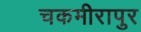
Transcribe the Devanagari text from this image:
चकमीरापुर